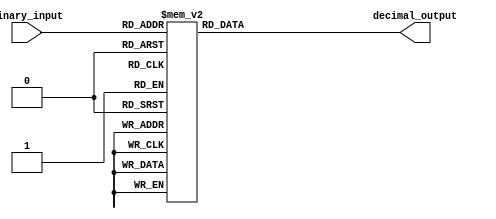
module BCD_Decoder(
    input [3:0] binary_input,
    output reg [9:0] decimal_output
);

always @(*) begin
    case(binary_input)
        4'b0000: decimal_output = 10'b0000000001;
        4'b0001: decimal_output = 10'b0000000010;
        4'b0010: decimal_output = 10'b0000000100;
        4'b0011: decimal_output = 10'b0000001000;
        4'b0100: decimal_output = 10'b0000010000;
        4'b0101: decimal_output = 10'b0000100000;
        4'b0110: decimal_output = 10'b0001000000;
        4'b0111: decimal_output = 10'b0010000000;
        4'b1000: decimal_output = 10'b0100000000;
        4'b1001: decimal_output = 10'b1000000000;
        default: decimal_output = 10'b0000000000;
    endcase
end

endmodule